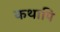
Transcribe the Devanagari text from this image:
कथापि